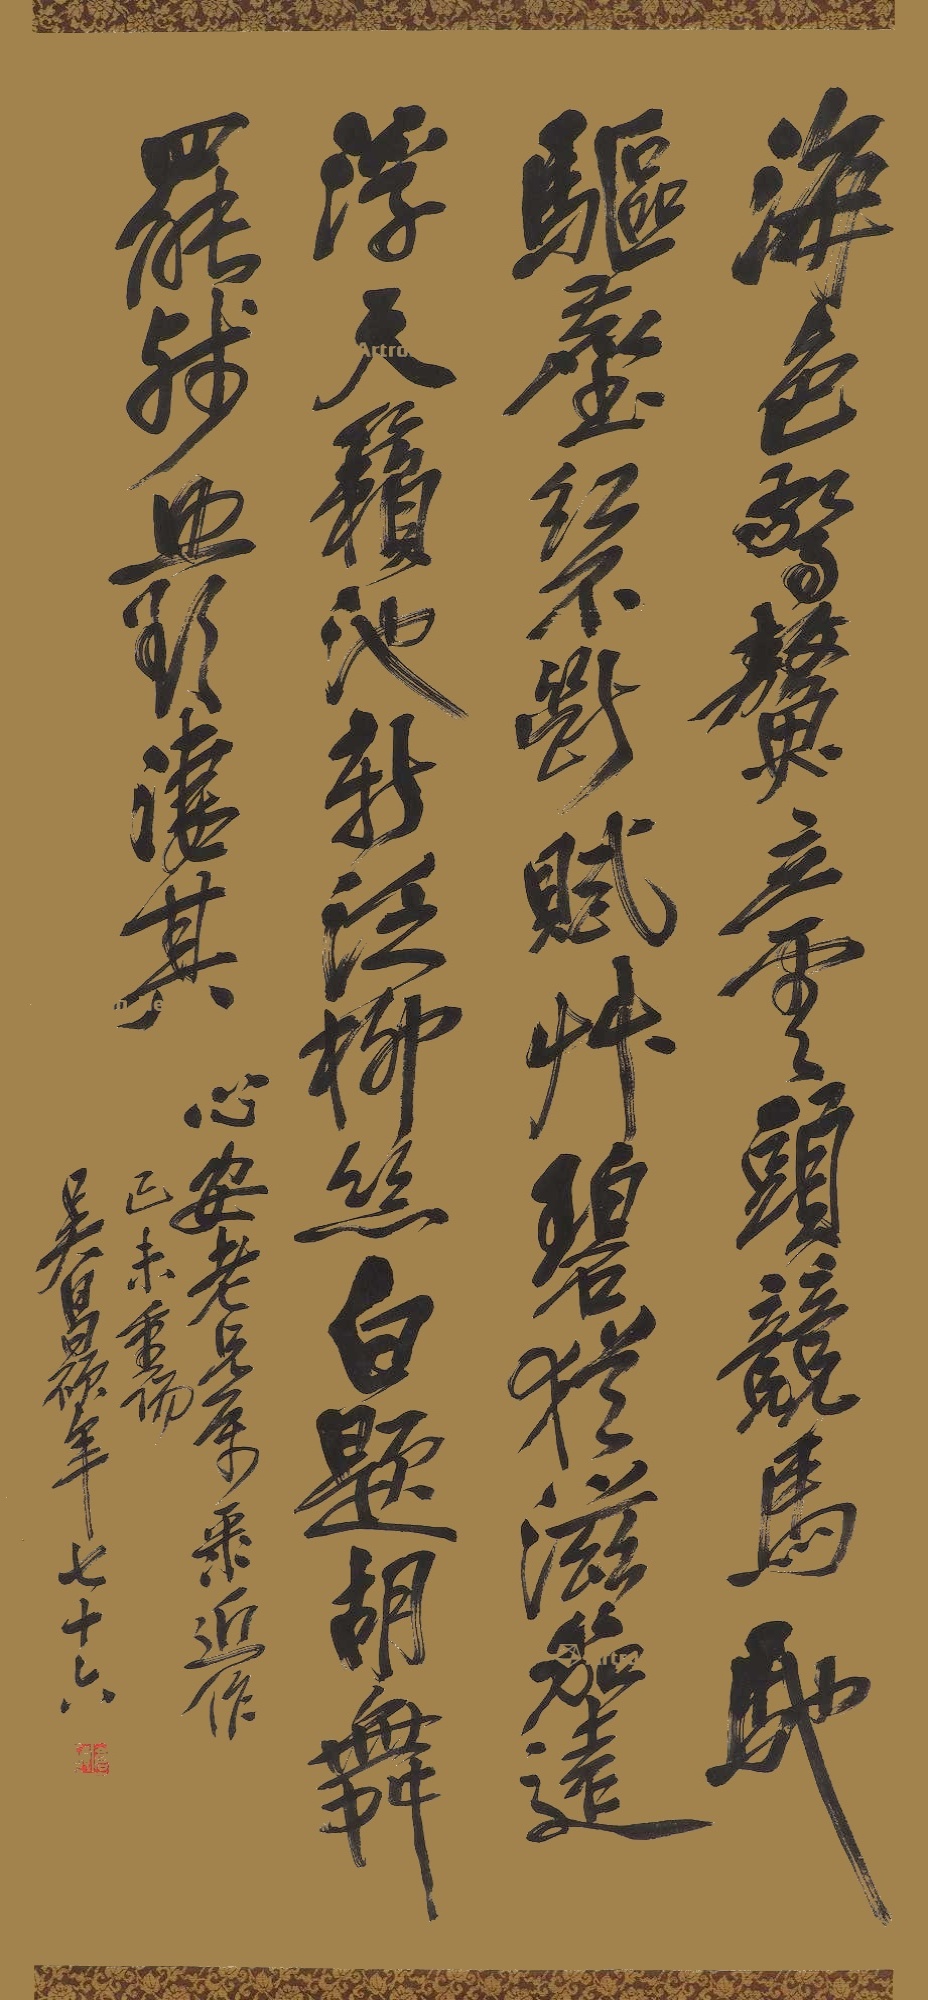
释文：海色惊鳌立，云头竞马驰，驱尘红不断，赋草碧犹滋，笳远浮天籁，池新泛柳丝，白题胡舞罢，残照欲凄其。心安老兄属录近作，己未重阳，吴昌硕年七十六。